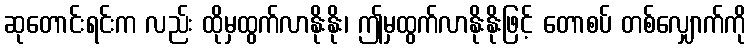
ဆုတောင်းရင်းက လည်း ထိုမှထွက်လာနိုးနိုး၊ ဤမှထွက်လာနိုးနိုးဖြင့် တောစပ် တစ်လျှောက်ကို